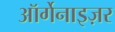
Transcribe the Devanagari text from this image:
ऑर्गेनाइज़र